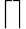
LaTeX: \left\lceil{}\right\rceil